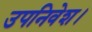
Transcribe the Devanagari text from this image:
उपनिवेश।